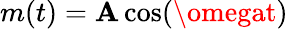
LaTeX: m(t)={\mathbf{A}\cos(\omegat)}